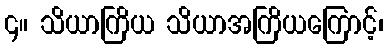
၄။ သိယာကြိယ သိယာအကြိယကြောင့်၊